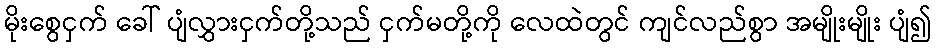
မိုးစွေငှက် ခေါ် ပျံလွှားငှက်တို့သည် ငှက်မတို့ကို လေထဲတွင် ကျင်လည်စွာ အမျိုးမျိုး ပျံ၍